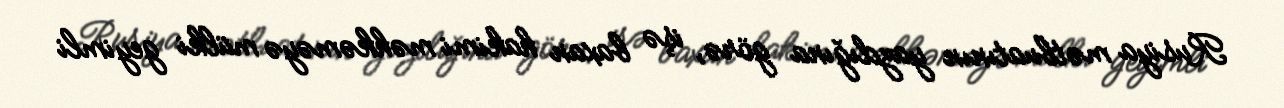
Rusiya mətbuatının yazdığına görə, işə baxan hakimi məhkəməyə mülki geyimli